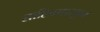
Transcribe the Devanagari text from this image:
साहिबपासून